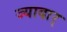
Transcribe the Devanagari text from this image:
ज्यादार्